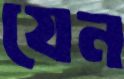
যেন